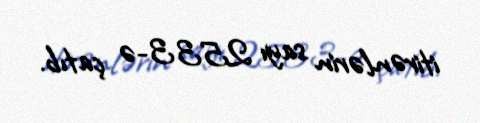
itirənlərin sayı 2533-ə çatıb.